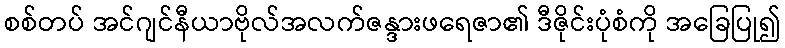
စစ်တပ် အင်ဂျင်နီယာဗိုလ်အလက်ဇန္ဒားဖရေဇာ၏ ဒီဇိုင်းပုံစံကို အခြေပြု၍